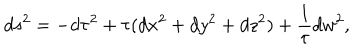
LaTeX: d s ^ { 2 } = - d \tau ^ { 2 } + \tau ( d x ^ { 2 } + d y ^ { 2 } + d z ^ { 2 } ) + \frac { 1 } { \tau } d w ^ { 2 } ,